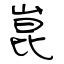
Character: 崑